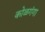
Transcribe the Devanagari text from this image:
कोळगंगा